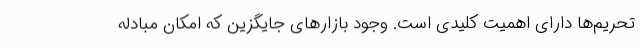
تحریم‌ها دارای اهمیت کلیدی است. وجود بازارهای جایگزین که امکان مبادله